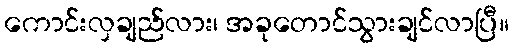
ကောင်းလှချည်လား၊ အခုတောင်သွားချင်လာပြီ။